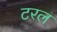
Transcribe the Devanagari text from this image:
टरल